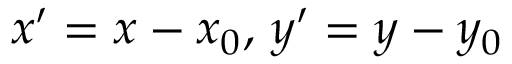
x ^ { \prime } = x - x _ { 0 } , \, y ^ { \prime } = y - y _ { 0 }